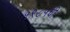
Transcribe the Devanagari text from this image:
१९८५ची